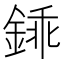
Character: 𨧰